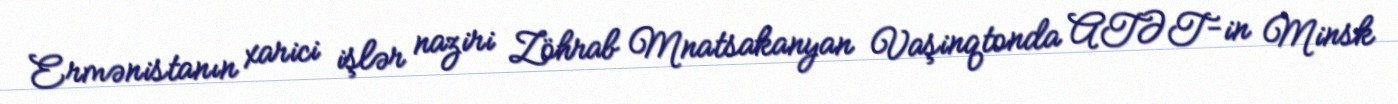
Ermənistanın xarici işlər naziri Zöhrab Mnatsakanyan Vaşinqtonda ATƏT-in Minsk